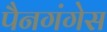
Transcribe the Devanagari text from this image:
पैनगंगेस